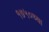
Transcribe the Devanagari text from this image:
१७५०च्या